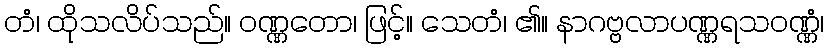
တံ၊ ထိုသလိပ်သည်။ ဝဏ္ဏတော၊ ဖြင့်။ သေတံ၊ ၏။ နာဂဗ္ဗလာပဏ္ဏရသဝဏ္ဏံ၊